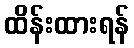
ထိန်းထားရန်